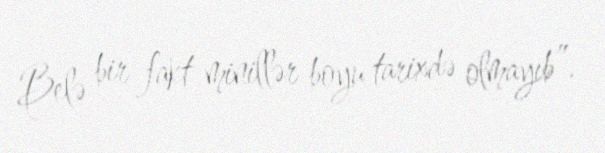
Belə bir fakt minillər boyu tarixdə olmayıb”.